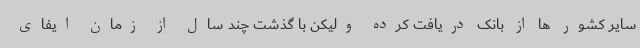
سایر کشور ها از بانک دریافت کرده ولیکن با گذشت چند سال از زمان ایفای